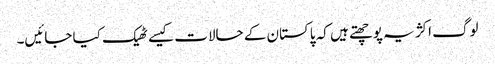
لوگ اکژ یہ پوچھتے ہیں کہ پاکستان کے حالات کیسے ٹھیک کیا جائیں۔